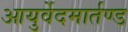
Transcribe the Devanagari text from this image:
आयुर्वेदमार्तण्ड